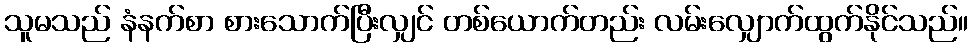
သူမသည် နံနက်စာ စားသောက်ပြီးလျှင် တစ်ယောက်တည်း လမ်းလျှောက်ထွက်နိုင်သည်။